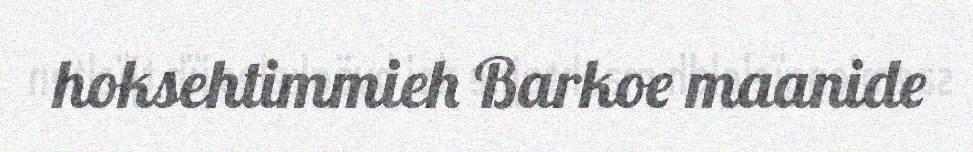
hoksehtimmieh Barkoe maanide